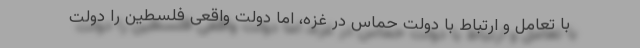
با تعامل و ارتباط با دولت حماس در غزه، اما دولت واقعی فلسطین را دولت